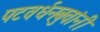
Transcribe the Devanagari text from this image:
पटवर्धनबुवांनी